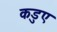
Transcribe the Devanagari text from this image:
कडुए